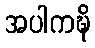
အပါကဍ္ဎိ